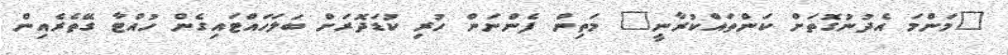
"މަންމަ އެދުނުގޮތަށް ކަންތައްކުރާނީ" މަތިން ފެންނަން ހުރި ކުޑަދޮރަށް ބަލަހައްޓައިގެން ހުއްޓާ ގޭތެރެއިން